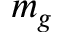
m _ { g }